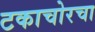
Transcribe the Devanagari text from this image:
टकाचोरचा